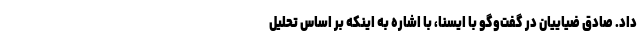
داد. صادق ضیاییان در گفت‌وگو با ایسنا، با اشاره به اینکه بر اساس تحلیل